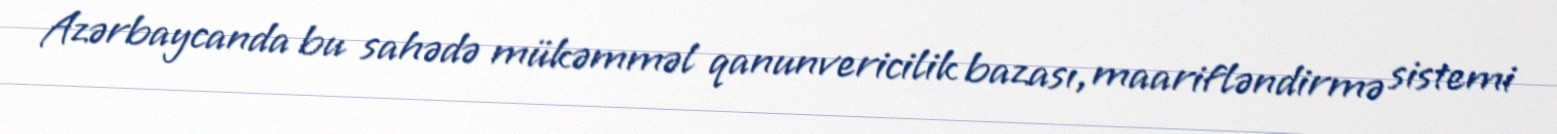
Azərbaycanda bu sahədə mükəmməl qanunvericilik bazası, maarifləndirmə sistemi